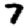
Digit: 7